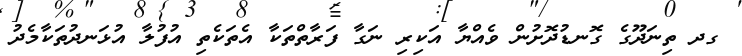
ގދ ތިނަދޫގެ ގޮނޑުދޮށުން ވެއްޔާ އަކިރި ނަގާ ފަރާތްތަކާ އެތަކެތި އުފުލާ އުޅަނދުތަކާމެދު